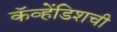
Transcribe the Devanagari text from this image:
कॅव्हेंडिशची